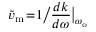
\widetilde { v } _ { \mathrm { m } } \! = \! 1 \big / \frac { d k } { d \omega } \big | _ { \omega _ { \mathrm { o } } }